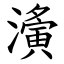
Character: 濥